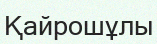
Қайрошұлы